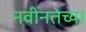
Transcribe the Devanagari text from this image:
नवीनतेच्या